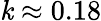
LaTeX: \mathit{k}\approx0.18